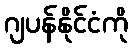
ဂျပန်နိုင်ငံကို